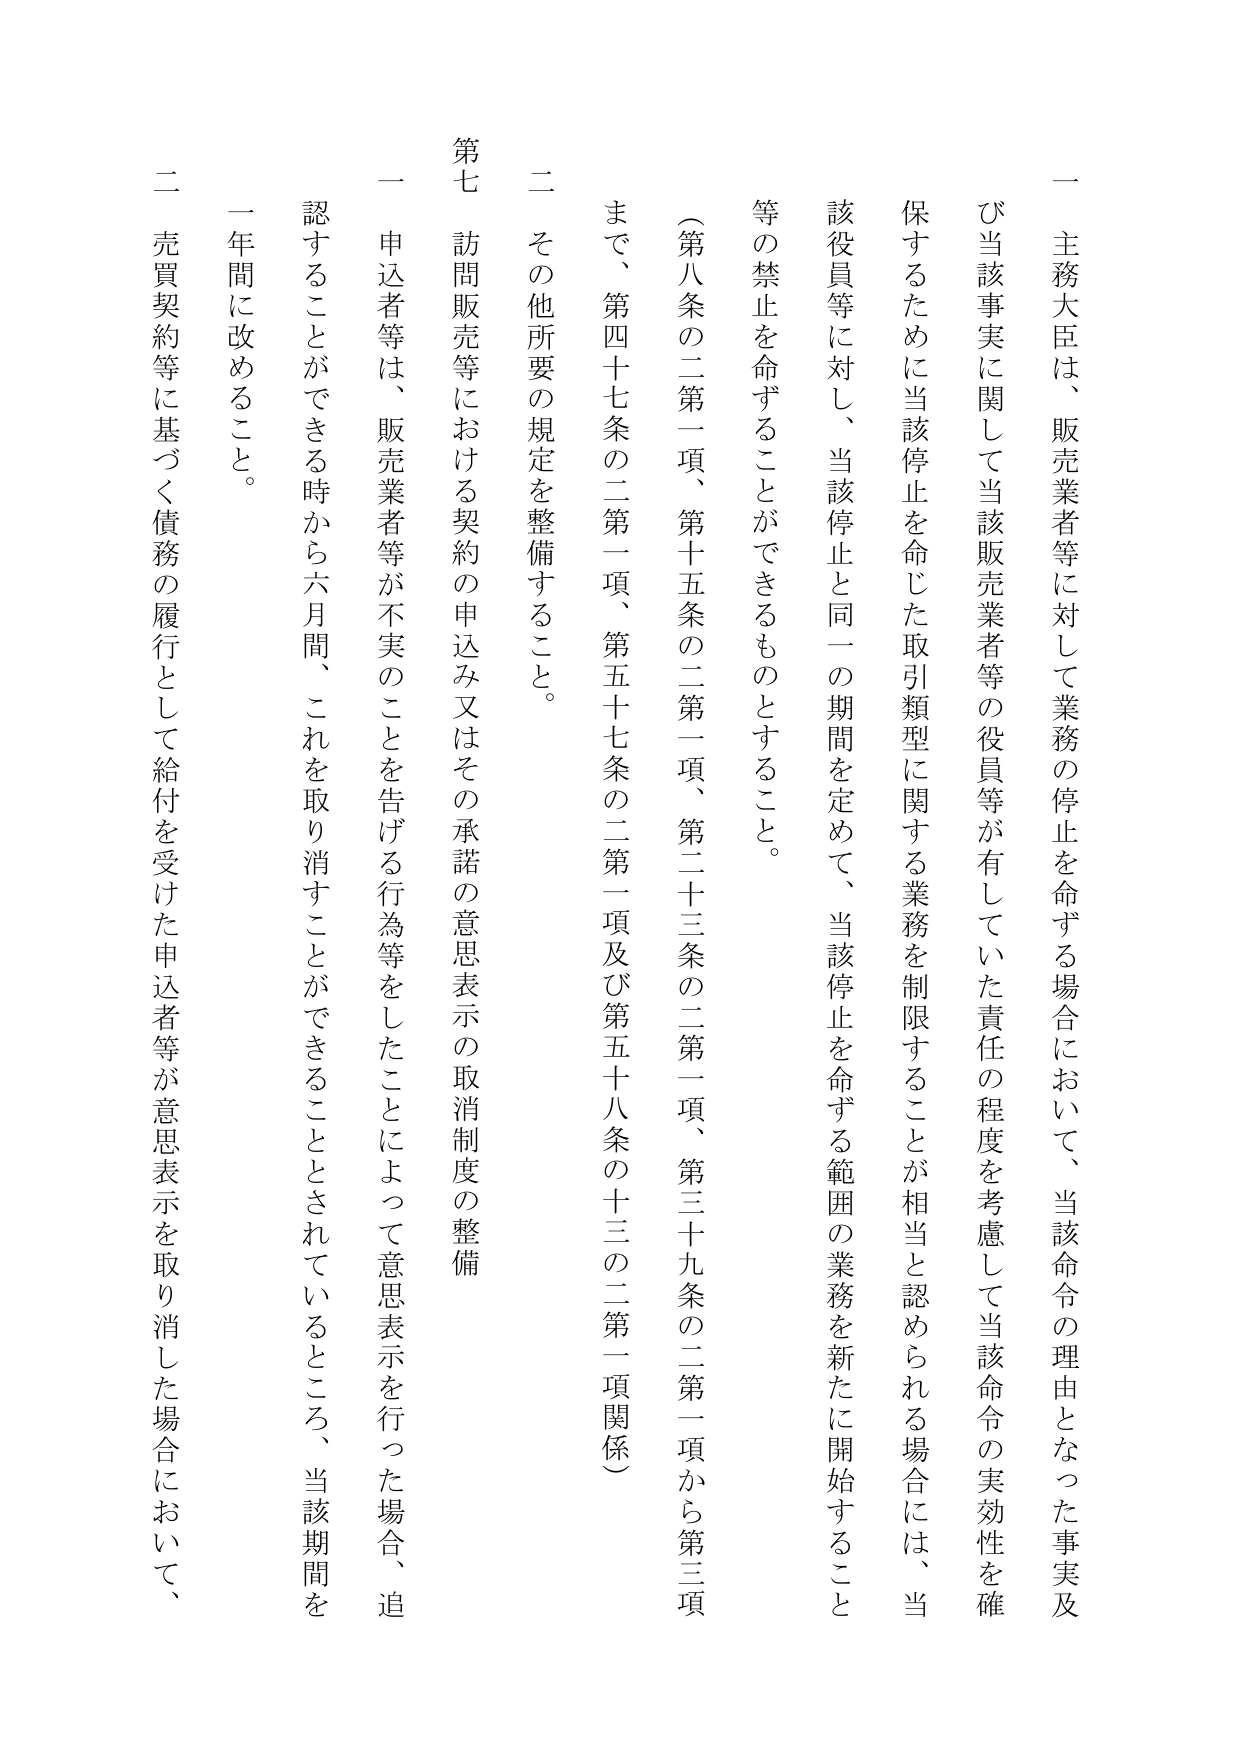
一 主務大臣は、販売業者等に対して業務の停止を命ずる場合において、当該命令の理由となった事実及び当該事実に関して当該販売業者等の役員等が有していた責任の程度を考慮して当該命令の実効性を確保するために当該停止を命じた取引類型に関する業務を制限することが相当と認められる場合には、当該役員等に対し、当該停止と同一の期間を定めて、当該停止を命ずる範囲の業務を新たに開始すること等の禁止を命ずることができるものとすること。

（第八条の二第一項、第十五条の二第一項、第二十三条の二第一項、第三十九条の二第一項から第三項まで、第四十七条の二第一項、第五十七条の二第一項及び第五十八条の十三の二第一項関係）

二 その他所要の規定を整備すること。

第七 訪問販売等における契約の申込み又はその承諾の意思表示の取消制度の整備

一 申込者等は、販売業者等が不実のことを告げる行為等をしたことによって意思表示を行った場合、追認することができる時から六月間、これを取消すことができることとされているところ、当該期間を一年間に改めること。

二 売買契約等に基づく債務の履行として給付を受けた申込者等が意思表示を取り消した場合において、